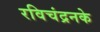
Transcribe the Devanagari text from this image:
रविचंद्रनके